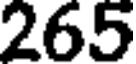
265